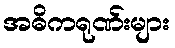
အဓိကရုဏ်းများ